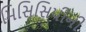
મિસિસિપીની